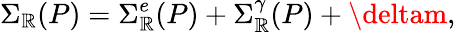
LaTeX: \Sigma_{\mathbb{R}}(P)=\Sigma_{\mathbb{R}}^{e}(P)+\Sigma_{\mathbb{R}}^{\gamma}(P)+\deltam,